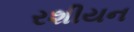
રશીયન